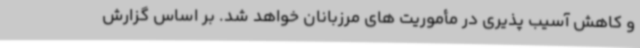
و کاهش آسیب پذیری در مأموریت های مرزبانان خواهد شد. بر اساس گزارش